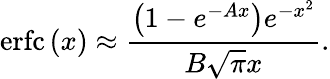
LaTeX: \operatorname{erfc}\left(x\right)\approx{\frac{\left(1-e^{-Ax}\right)e^{-x^{2}}}{B{\sqrt{\pi}}x}}.